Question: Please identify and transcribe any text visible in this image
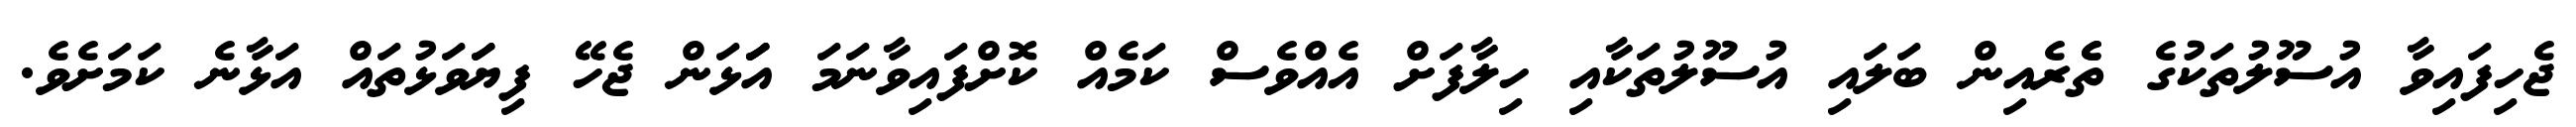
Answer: ޖެހިފައިވާ އުސޫލުތަކުގެ ތެެރެއިން ބަލައި އުސޫލުތަކާއި ހިލާފަށް އެއްވެސް ކަމެއް ކޮށްފައިވާނަމަ އަަަޅަން ޖެހޭ ފިޔަަވަޅުތައް އަޅާނެ ކަމަށެވެ.